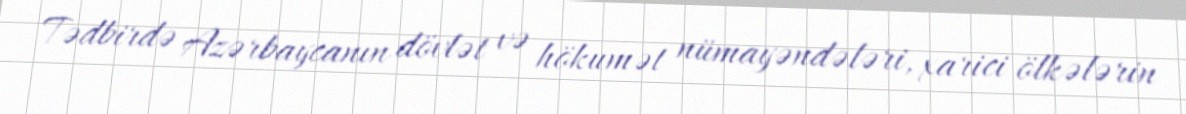
Tədbirdə Azərbaycanın dövlət və hökumət nümayəndələri, xarici ölkələrin